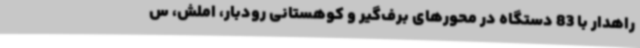
راهدار با 83 دستگاه در محورهای برف‌گیر و کوهستانی رودبار، املش، س